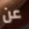
عن